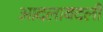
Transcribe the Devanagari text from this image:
आदलाबदली